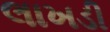
લાખડી